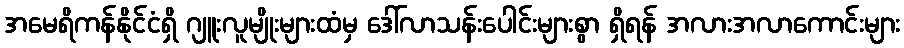
အမေရိကန်နိုင်ငံရှိ ဂျူးလူမျိုးများထံမှ ဒေါ်လာသန်းပေါင်းများစွာ ရှိရန် အလားအလာကောင်းများ